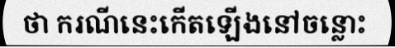
ថា ករណីនេះកើតឡើងនៅចន្លោះ